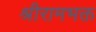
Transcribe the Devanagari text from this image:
श्रीरामभक्त